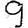
Digit: 9